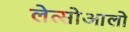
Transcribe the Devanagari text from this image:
लेत्सोआलो